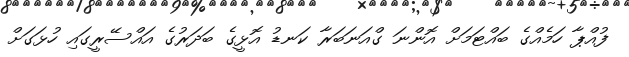
ފުއްޕާ ހަމެއްގެ ބައްޓަމަށް އޮންނަ ގްއަނަބަރާ ކަނޑު އޮޅީގެ ބަދަރުގެ އައްސޭރީގައި ހުޅަގަށް